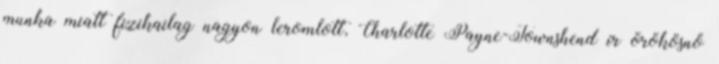
munka miatt fizikailag nagyon leromlott, Charlotte Payne-Townshend ír örökösnő